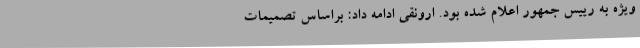
ویژه به رییس جمهور اعلام شده بود. ارونقی ادامه داد: براساس تصمیمات